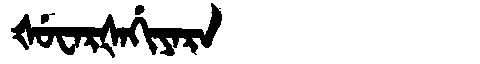
Manchu: ᡧᡠᠸᠠᡵᡧᠠᡤᡳᠶᠠᡵᠠ
Romanization: ŠUWARŠAGIYARA